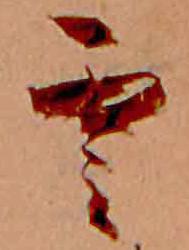
雲